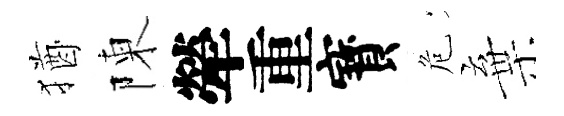
猶陳犖重寳危棄